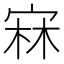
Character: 㝝